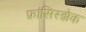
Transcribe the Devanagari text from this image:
फ्रांसिस्झेक